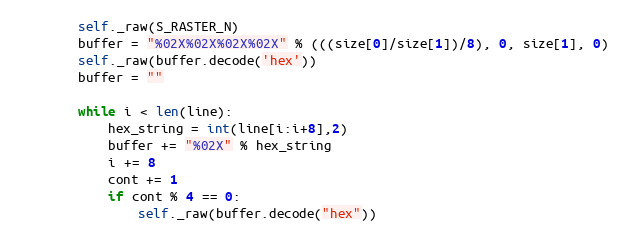
Language: Python
        self._raw(S_RASTER_N)
        buffer = "%02X%02X%02X%02X" % (((size[0]/size[1])/8), 0, size[1], 0)
        self._raw(buffer.decode('hex'))
        buffer = ""

        while i < len(line):
            hex_string = int(line[i:i+8],2)
            buffer += "%02X" % hex_string
            i += 8
            cont += 1
            if cont % 4 == 0:
                self._raw(buffer.decode("hex"))